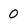
Character: O